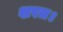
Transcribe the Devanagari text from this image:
शरत।